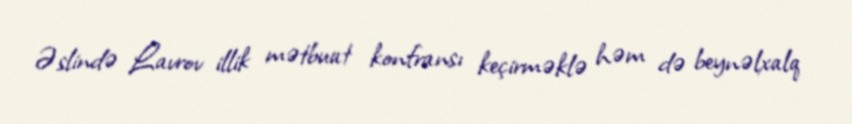
Əslində Lavrov illik mətbuat konfransı keçirməklə həm də beynəlxalq